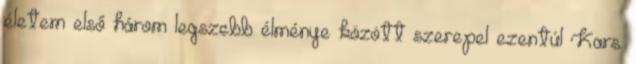
életem első három legszebb élménye között szerepel ezentúl Kars.